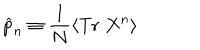
LaTeX: \widehat { p } _ { n } \equiv \frac { 1 } { N } \left\langle \mathrm { T r } \; X ^ { n } \right\rangle